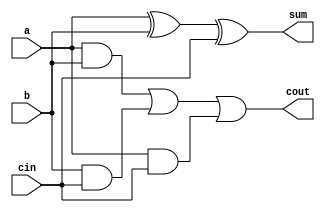
module one_bit_full_adder (a,b,cin,sum,cout);

input a,b,cin;
output sum,cout;
wire sum,cout;

assign sum=a^b^cin;
assign cout=((a&b) | (b&cin) | (a&cin));

endmodule